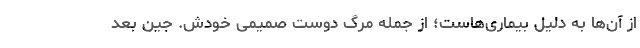
از آن‌ها به دلیل بیماری‌هاست؛ از جمله مرگ دوست صمیمی خودش. جین بعد